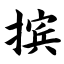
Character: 摈